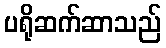
ပရိုဆက်ဆာသည်